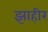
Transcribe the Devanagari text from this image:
झाहीर